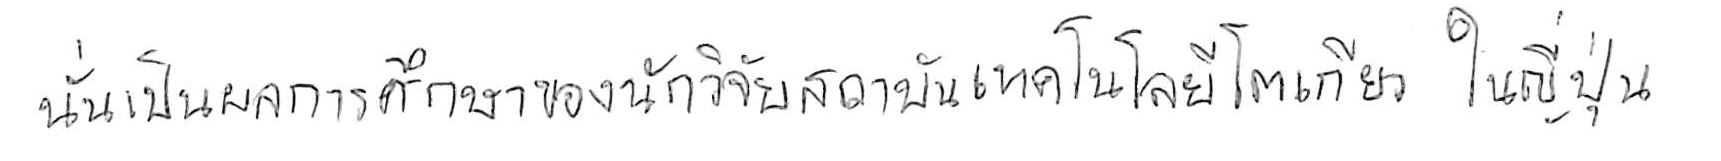
นั่นเป็นผลการศึกษาของนักวิจัยสถาบันเทคโนโลยีโตเกียว ในญี่ปุ่น